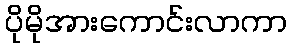
ပိုမိုအားကောင်းလာကာ